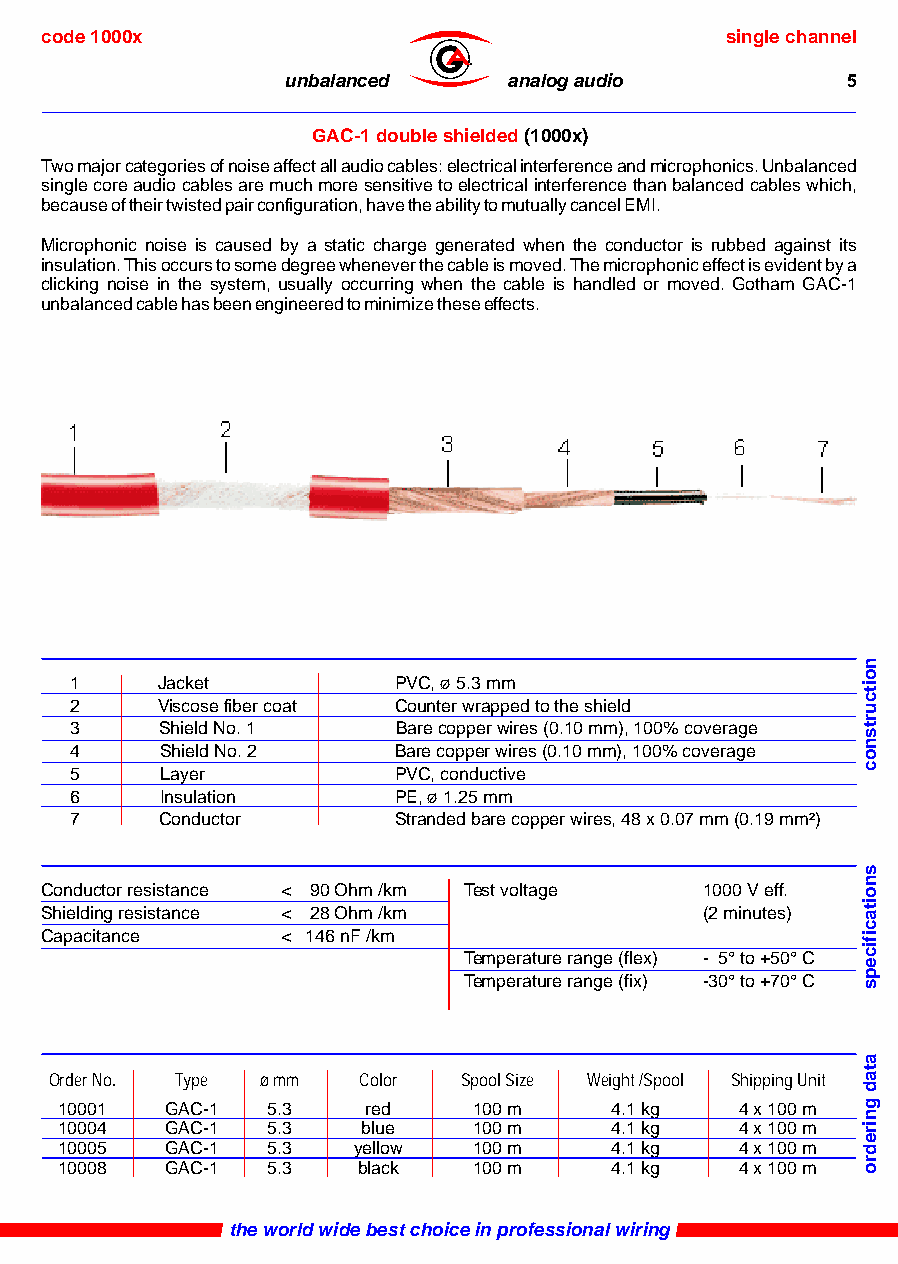
code 1000x                                   single channel
 ®
 unbalanced     analog audio          5
 GAC-1 double shielded (1000x)
 Two major categories of noise affect all audio cables: electrical interference and microphonics. Unbalanced
 single core audio cables are much more sensitive to electrical interference than balanced cables which,
 because of their twisted pair configuration, have the ability to mutually cancel EMI.
 Microphonic noise is caused by a static charge generated when the conductor is rubbed against its
 insulation. This occurs to some degree whenever the cable is moved. The microphonic effect is evident by a
 clicking noise in the system, usually occurring when the cable is handled or moved. Gotham GAC-1
 unbalanced cable has been engineered to minimize these effects.
 1    Jacket          PVC, ø 5.3 mm
 2    Viscose fiber coat Counter wrapped to the shield
 3     Shield No. 1   Bare copper wires (0.10 mm), 100% coverage
 4     Shield No. 2   Bare copper wires (0.10 mm), 100% coverage
 5     Layer          PVC, conductive
 6     Insulation     PE, ø 1.25 mm
 7     Conductor      Stranded bare copper wires, 48 x 0.07 mm (0.19 mm²)
 Conductor resistance < 90 Ohm /km Test voltage 1000 V eff.
 Shielding resistance < 28 Ohm /km           (2 minutes)
 Capacitance     < 146 nF /km
 Temperature range (flex) - 5° to +50° C
 Temperature range (fix) -30° to +70° C
 Order No. Type ø mm  Color Spool Size Weight /Spool Shipping Unit
 10001  GAC-1  5.3   red    100 m    4.1 kg   4 x 100 m
 10004  GAC-1  5.3   blue   100 m    4.1 kg   4 x 100 m
 10005  GAC-1  5.3  yellow  100 m    4.1 kg   4 x 100 m
 10008  GAC-1  5.3   black  100 m    4.1 kg   4 x 100 m
 the world wide best choice in professional wiring
 noitcurtsnoc
 snoitacificeps
 atad
 gniredro